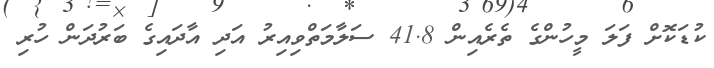
ކުޑަކޮށް ފަލަ މީހުންގެ ތެރެއިން 41.8 ސަލާމަތްވިއިރު އަދި އާދައިގެ ބަރުދަން ހުރި